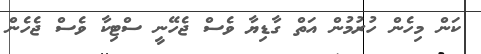
ކަން މިހެން ހުރުމުން އަތް ގާޑިޔާ ވެސް ޖެހޭނީ ސްޓިކާ ވެސް ޖެހެން